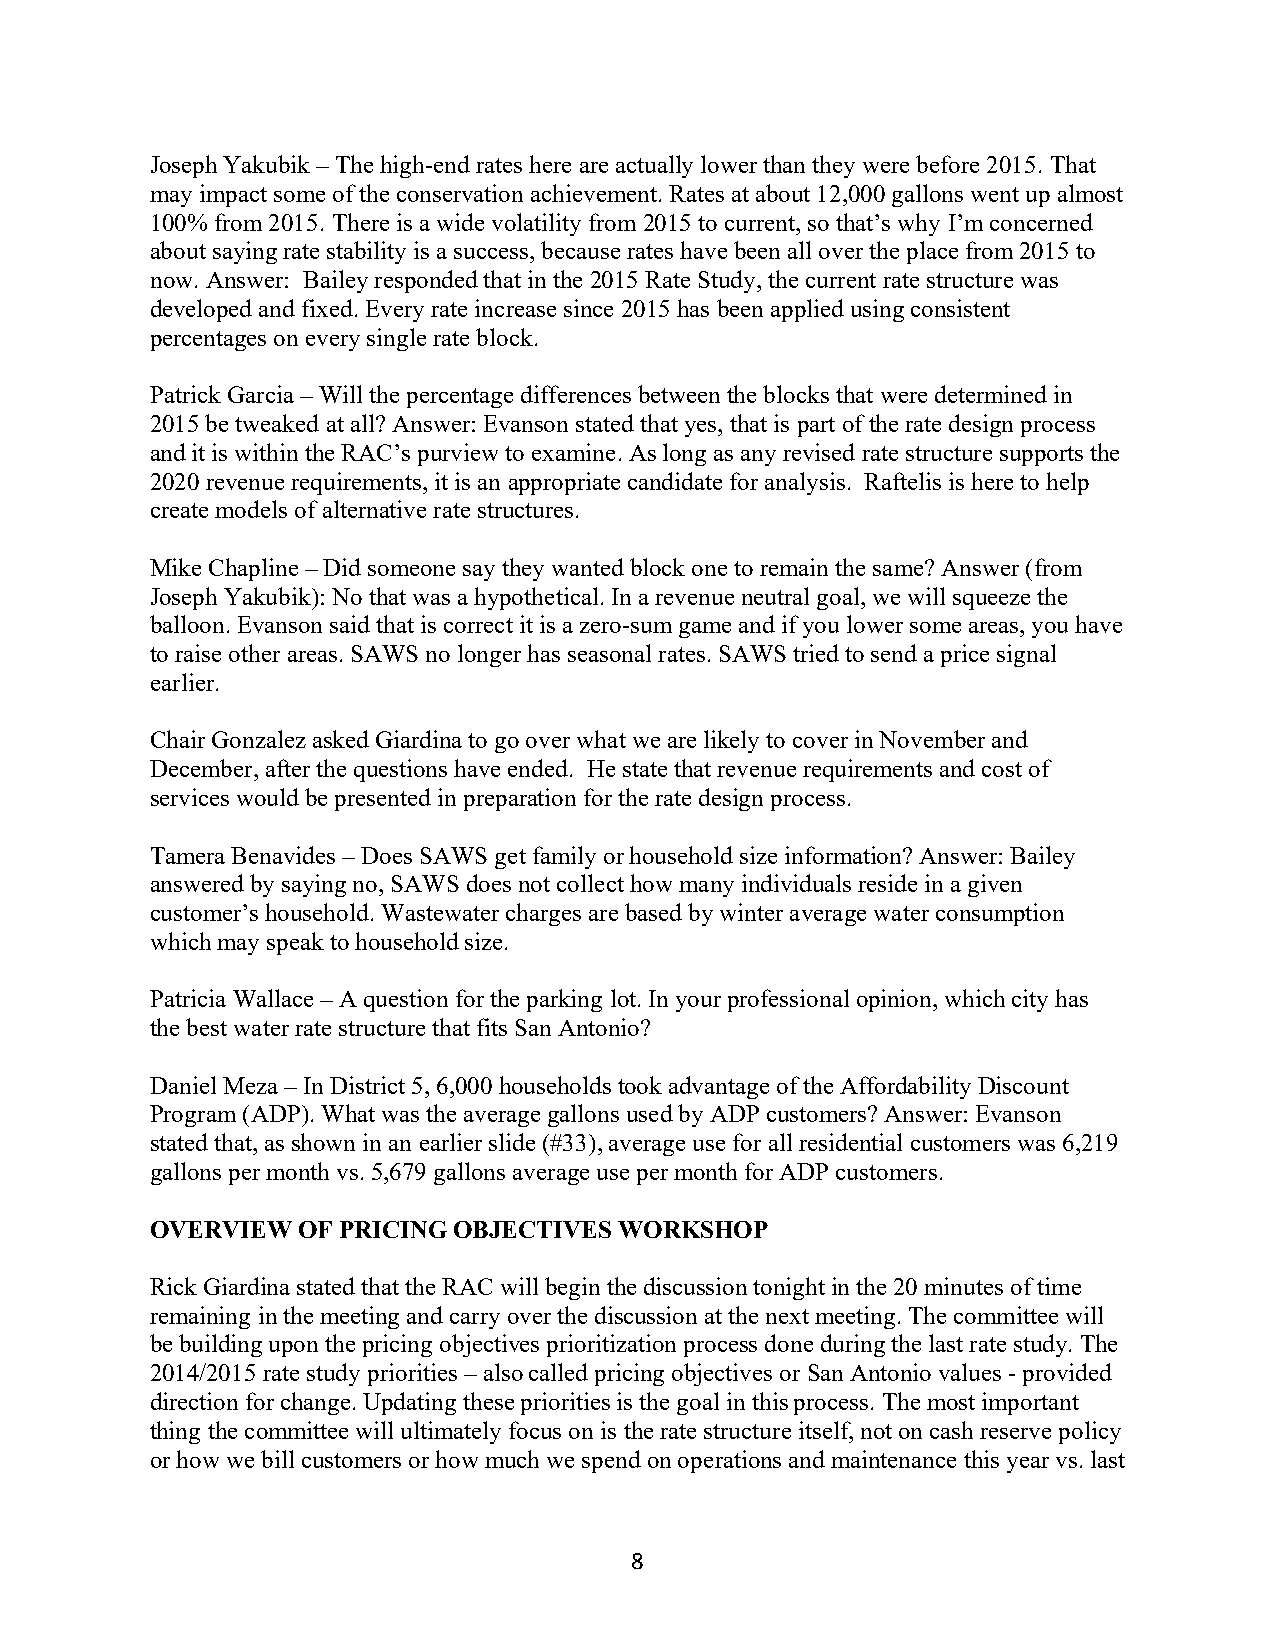
Joseph Yakubik – The high-end rates here are actually lower than they were before 2015. That
 may impact some of the conservation achievement. Rates at about 12,000 gallons went up almost
 100% from 2015. There is a wide volatility from 2015 to current, so that’s why I’m concerned
 about saying rate stability is a success, because rates have been all over the place from 2015 to
 now. Answer: Bailey responded that in the 2015 Rate Study, the current rate structure was
 developed and fixed. Every rate increase since 2015 has been applied using consistent
 percentages on every single rate block.
 Patrick Garcia – Will the percentage differences between the blocks that were determined in
 2015 be tweaked at all? Answer: Evanson stated that yes, that is part of the rate design process
 and it is within the RAC’s purview to examine. As long as any revised rate structure supports the
 2020 revenue requirements, it is an appropriate candidate for analysis. Raftelis is here to help
 create models of alternative rate structures.
 Mike Chapline – Did someone say they wanted block one to remain the same? Answer (from
 Joseph Yakubik): No that was a hypothetical. In a revenue neutral goal, we will squeeze the
 balloon. Evanson said that is correct it is a zero-sum game and if you lower some areas, you have
 to raise other areas. SAWS no longer has seasonal rates. SAWS tried to send a price signal
 earlier.
 Chair Gonzalez asked Giardina to go over what we are likely to cover in November and
 December, after the questions have ended. He state that revenue requirements and cost of
 services would be presented in preparation for the rate design process.
 Tamera Benavides – Does SAWS get family or household size information? Answer: Bailey
 answered by saying no, SAWS does not collect how many individuals reside in a given
 customer’s household. Wastewater charges are based by winter average water consumption
 which may speak to household size.
 Patricia Wallace – A question for the parking lot. In your professional opinion, which city has
 the best water rate structure that fits San Antonio?
 Daniel Meza – In District 5, 6,000 households took advantage of the Affordability Discount
 Program (ADP). What was the average gallons used by ADP customers? Answer: Evanson
 stated that, as shown in an earlier slide (#33), average use for all residential customers was 6,219
 gallons per month vs. 5,679 gallons average use per month for ADP customers.
 OVERVIEW  OF PRICING OBJECTIVES WORKSHOP
 Rick Giardina stated that the RAC will begin the discussion tonight in the 20 minutes of time
 remaining in the meeting and carry over the discussion at the next meeting. The committee will
 be building upon the pricing objectives prioritization process done during the last rate study. The
 2014/2015 rate study priorities – also called pricing objectives or San Antonio values - provided
 direction for change. Updating these priorities is the goal in this process. The most important
 thing the committee will ultimately focus on is the rate structure itself, not on cash reserve policy
 or how we bill customers or how much we spend on operations and maintenance this year vs. last
 8